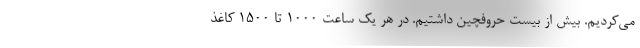
می‌کردیم. بیش از بیست حروفچین داشتیم. در هر یک ساعت ۱۰۰۰ تا ۱۵۰۰ کاغذ